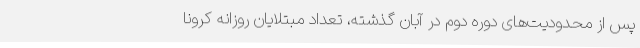
پس از محدودیت‌های دوره دوم در آبان گذشته، تعداد مبتلایان روزانه کرونا